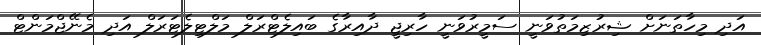
އަދި މިހާތަނަށް ޝިރުޒިމަތުވަނީ ސަމީރުވަނީ ހާރިޖީ ދާއިރާގެ ބައިލެޓްރަލް މަލްޓިލެޓަރަލް އަދި މެނޭޖްމަންޓް